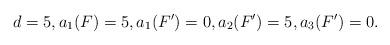
LaTeX: \begin{align*} d = 5, a_1(F) = 5, a_1(F') = 0, a_2(F') = 5, a_3(F') = 0.\end{align*}